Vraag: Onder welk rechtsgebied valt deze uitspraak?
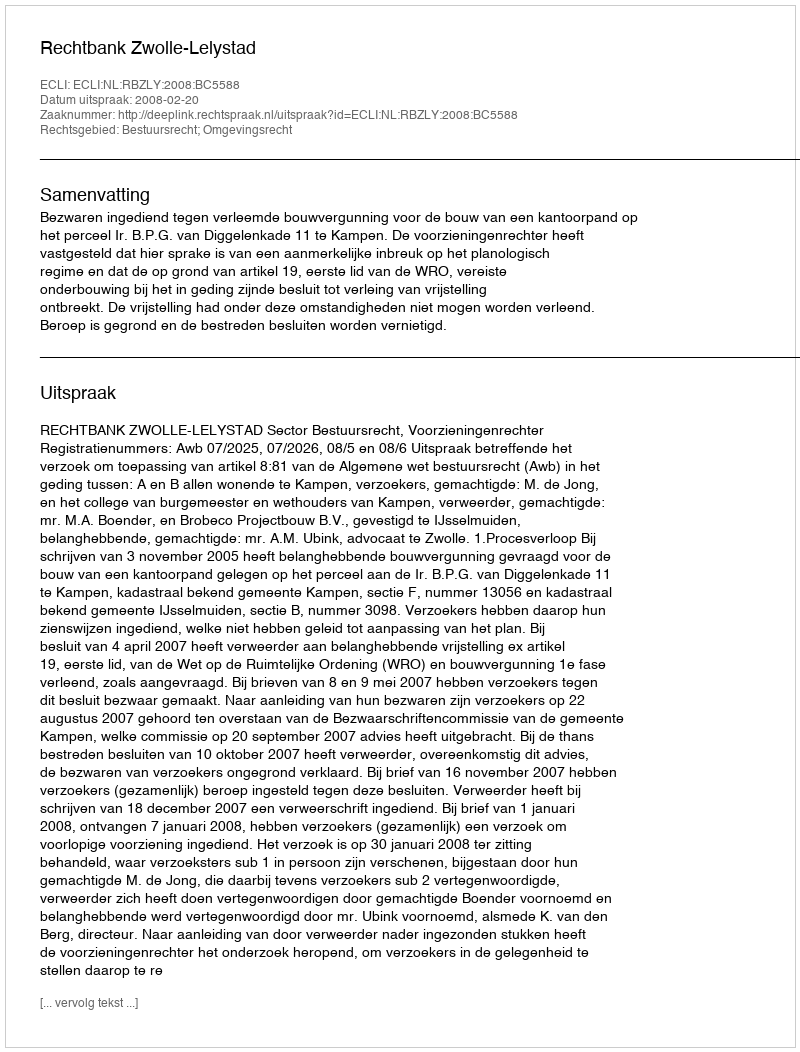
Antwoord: Bestuursrecht; Omgevingsrecht